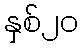
နှစ်၂၀